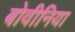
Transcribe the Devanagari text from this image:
बोवीनिया